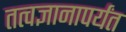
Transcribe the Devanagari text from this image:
तत्वज्ञानापर्यंत